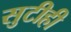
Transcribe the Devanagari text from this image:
सुटीही